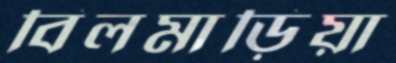
বিলমাড়িয়া